Annual report of the Punjab Veterinary College and of the Civil Veterinary Department, Punjab - 1909-1919
Year: 1909
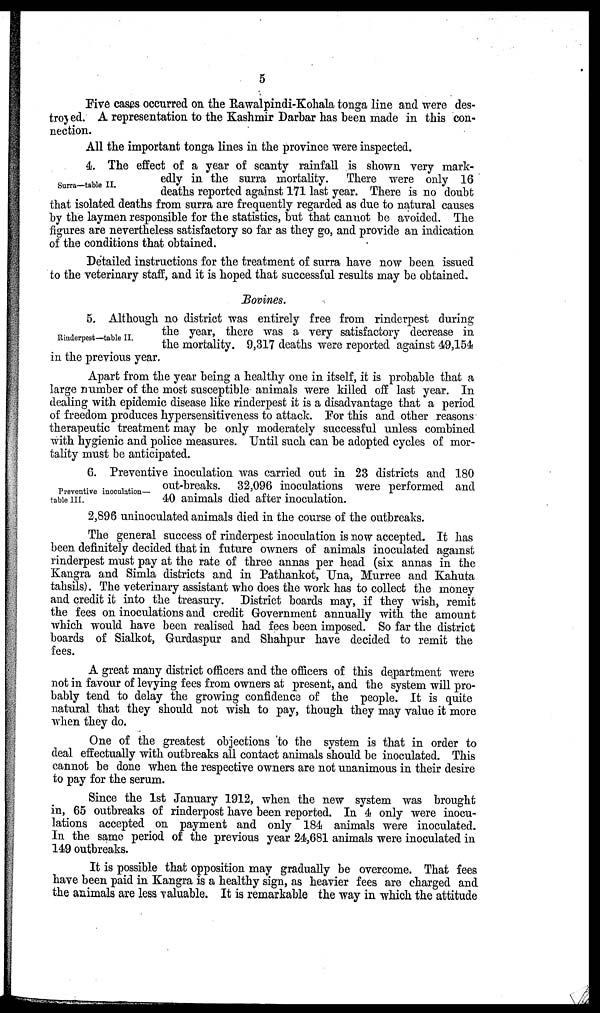
5
Five cases occurred on the Rawalpindi-Kohala tonga line and were des-
troyed. A representation to the Kashmir Darbar has been made in this con-
nection.
All the important tonga lines in the province were inspected.
Surra—table II.
4. The effect of a year of scanty rainfall is shown very mark-
edly in the surra mortality.
There were only 16
deaths reported against 171 last year. There is no doubt
that isolated deaths from surra are frequently regarded as due to natural causes
by the laymen responsible for the statistics, but that cannot be avoided. The
figures are nevertheless satisfactory so far as they go, and provide an indication
of the conditions that obtained.
Detailed instructions for the treatment of surra have now been issued
to the veterinary staff, and it is hoped that successful results may be obtained.
Bovines.
Rinderpest—table II.
5. Although no district was entirely free from rinderpest during
the year, there was a very satisfactory decrease in
the mortality. 9,317 deaths were reported against 49,154
in the previous year.
Apart from the year being a healthy one in itself, it is probable that a
large number of the most susceptible animals were killed off last year. In
dealing with epidemic disease like rinderpest it is a disadvantage that a period
of freedom produces hypersensitiveness to attack. For this and other reasons
therapeutic treatment may be only moderately successful unless combined
with hygienic and police measures. Until such can be adopted cycles of mor-
tality must be anticipated.
Preventive inoculation—
table III.
6. Preventive inoculation was carried out in 23 districts and 180
out-breaks. 32,096 inoculations were performed and
40 animals died after inoculation.
2,896 uninoculated animals died in the course of the outbreaks.
The general success of rinderpest inoculation is now accepted. It has
been definitely decided that in future owners of animals inoculated against
rinderpest must pay at the rate of three annas per head (six annas in the
Kangra and Simla districts and in Pathankot, Una, Murree and Kahuta
tahsils). The veterinary assistant who does the work has to collect the money
and credit it into the treasury. District boards may, if they wish, remit
the fees on inoculations and credit Government annually with the amount
which would have been realised had fees been imposed. So far the district
boards of Sialkot, Gurdaspur and Shahpur have decided to remit the
fees.
A great many district officers and the officers of this department were
not in favour of levying fees from owners at present, and the system will pro-
bably tend to delay the growing confidence of the people. It is quite
natural that they should not wish to pay, though they may value it more
when they do.
One of the greatest objections to the system is that in order to
deal effectually with outbreaks all contact animals should be inoculated. This
cannot be done when the respective owners are not unanimous in their desire
to pay for the serum.
Since the 1st January 1912, when the new system was brought
in, 65 outbreaks of rinderpost have been reported. In 4 only were inocu-
lations accepted on payment and only 184 animals were inoculated.
In the same period of the previous year 24,681 animals were inoculated in
149 outbreaks.
It is possible that opposition may gradually be overcome. That fees
have been paid in Kangra is a healthy sign, as heavier fees are charged and
the animals are less valuable. It is remarkable the way in which the attitude